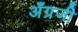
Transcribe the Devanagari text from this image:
अँग्रजी